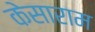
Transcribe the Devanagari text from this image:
केसाराम